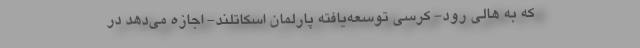
که به هالی رود- کرسی توسعه‌یافته پارلمان اسکاتلند- اجازه می‌دهد در